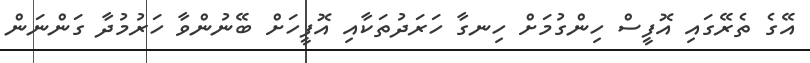
އޭގެ ތެރޭގައި އޮފީސް ހިންގުމަށް ހިނގާ ހަރަދުތަކާއި އޮފީހަށް ބޭނުންވާ ހަރުމުދާ ގަންނަން